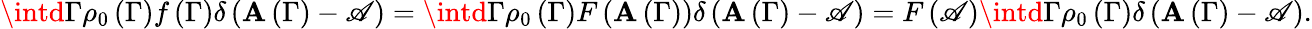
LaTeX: \intd\Gamma\rho_{0}\left(\Gamma\right)f\left(\Gamma\right)\delta\left(\mathbf{A}\left(\Gamma\right)-\mathscr{A}\right)=\intd\Gamma\rho_{0}\left(\Gamma\right)F\left(\mathbf{A}\left(\Gamma\right)\right)\delta\left(\mathbf{A}\left(\Gamma\right)-\mathscr{A}\right)=F\left(\mathscr{A}\right)\intd\Gamma\rho_{0}\left(\Gamma\right)\delta\left(\mathbf{A}\left(\Gamma\right)-\mathscr{A}\right).